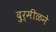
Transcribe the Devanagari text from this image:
दुर्मीळने